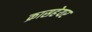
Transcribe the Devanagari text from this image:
क्रासहेयर